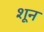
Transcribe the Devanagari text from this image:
शून